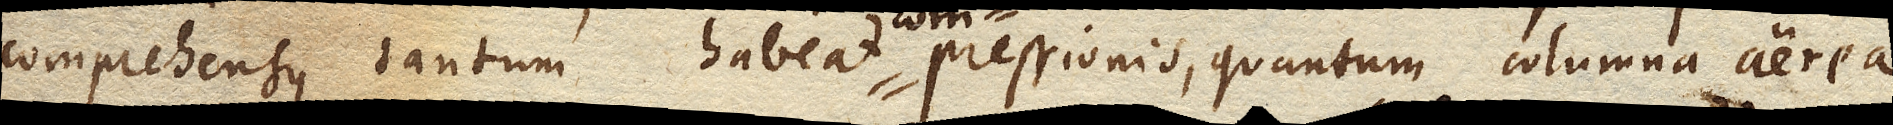
comprehensus tantum habeat pressionis compressionis, quantum columna aerea